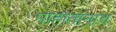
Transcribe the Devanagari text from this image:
पाहातानाच